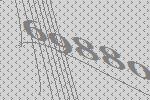
69880